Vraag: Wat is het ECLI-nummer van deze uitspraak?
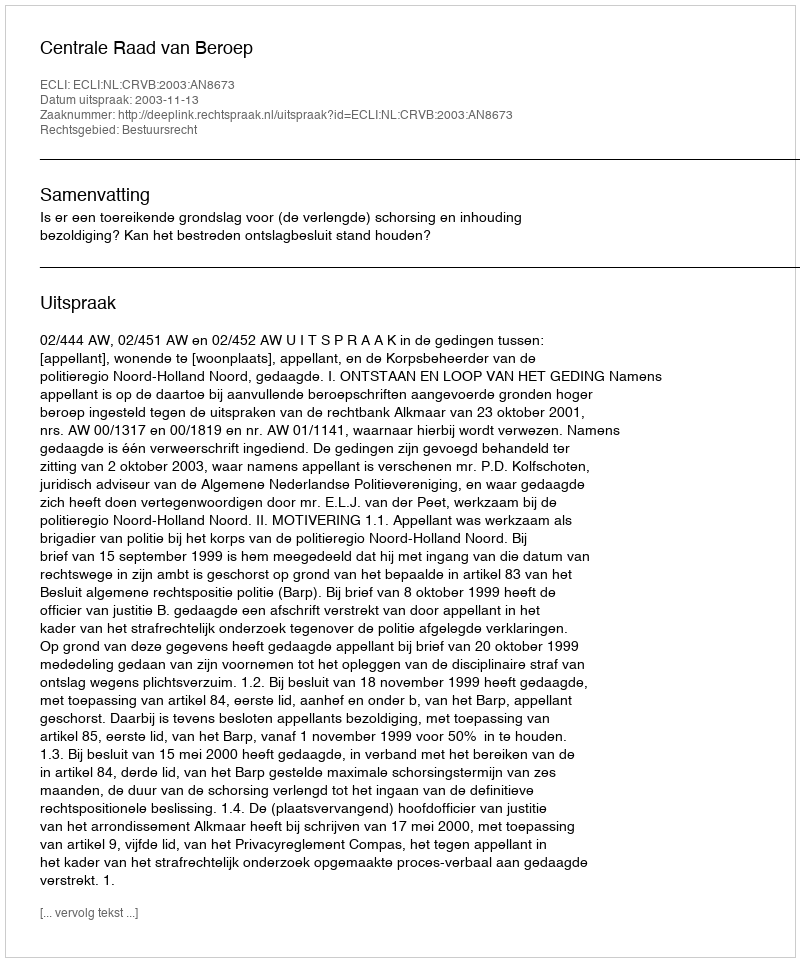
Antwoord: ECLI:NL:CRVB:2003:AN8673